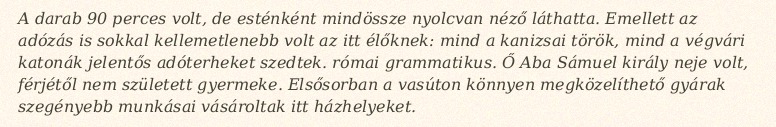
A darab 90 perces volt, de esténként mindössze nyolcvan néző láthatta. Emellett az adózás is sokkal kellemetlenebb volt az itt élőknek: mind a kanizsai török, mind a végvári katonák jelentős adóterheket szedtek. római grammatikus. Ő Aba Sámuel király neje volt, férjétől nem született gyermeke. Elsősorban a vasúton könnyen megközelíthető gyárak szegényebb munkásai vásároltak itt házhelyeket.